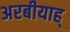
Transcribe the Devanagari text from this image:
अरबीयाह्